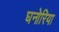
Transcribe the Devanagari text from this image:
घनोरिया